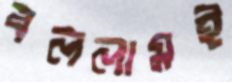
বললামই